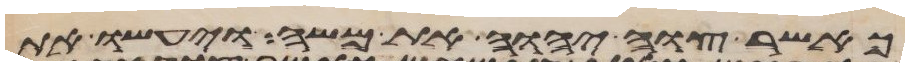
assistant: כאשר צוה יהוה את משה ויעשו את